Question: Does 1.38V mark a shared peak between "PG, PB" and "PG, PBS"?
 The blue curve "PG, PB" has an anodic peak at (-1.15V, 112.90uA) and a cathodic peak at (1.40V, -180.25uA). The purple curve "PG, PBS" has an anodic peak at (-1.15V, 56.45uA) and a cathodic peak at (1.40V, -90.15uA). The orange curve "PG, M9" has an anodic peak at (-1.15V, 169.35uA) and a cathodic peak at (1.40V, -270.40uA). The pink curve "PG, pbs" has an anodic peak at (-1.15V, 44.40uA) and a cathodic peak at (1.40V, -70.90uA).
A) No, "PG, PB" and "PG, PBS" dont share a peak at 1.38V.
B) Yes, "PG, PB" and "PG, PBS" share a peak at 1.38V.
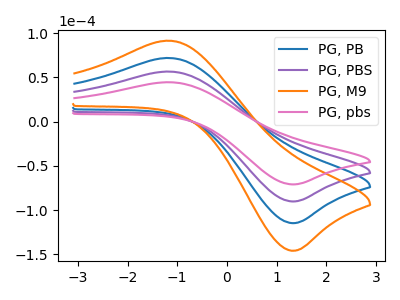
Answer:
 <answer>B) Yes, "PG, PB" and "PG, PBS" share a peak at 1.38V.</answer>
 <eval>B</eval>